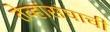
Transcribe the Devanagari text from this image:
तेव्हांसंघाची